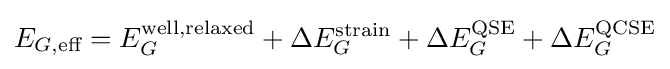
E_{G,{\text{eff}}}=E_{G}^{\text{well,relaxed}}+\Delta E_{G}^{\text{strain}}+\Delta E_{G}^{\text{QSE}}+\Delta E_{G}^{\text{QCSE}}